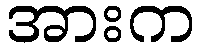
အားက